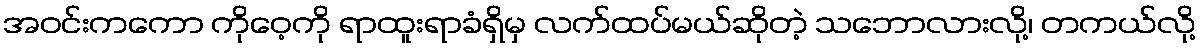
အဝင်းကကော ကိုဝေ့ကို ရာထူးရာခံရှိမှ လက်ထပ်မယ်ဆိုတဲ့ သဘောလားလို့၊ တကယ်လို့